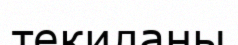
текиланы